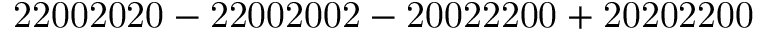
\mathrm { 2 2 0 0 2 0 2 0 - 2 2 0 0 2 0 0 2 - 2 0 0 2 2 2 0 0 + 2 0 2 0 2 2 0 0 }